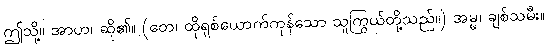
ဤသို့။ အာဟ၊ ဆို၏။ (တေ၊ ထိုရှစ်ယောက်ကုန်သော သူကြွယ်တို့သည်။) အမ္မ၊ ချစ်သမီး။